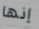
إنها